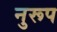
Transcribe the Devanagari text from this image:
नुरूप